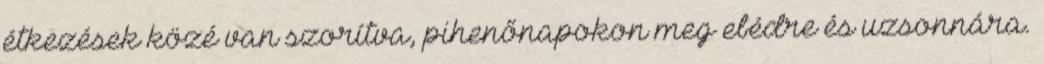
étkezések közé van szorítva, pihenőnapokon meg ebédre és uzsonnára.